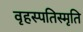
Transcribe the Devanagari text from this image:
वृहस्पतिस्मृति